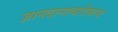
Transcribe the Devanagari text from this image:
ज्ञानदानाबरोबरच